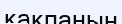
қақпанын